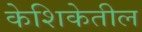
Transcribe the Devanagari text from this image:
केशिकेतील